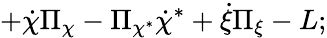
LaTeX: +\dot{\chi}\Pi_{\chi}-\Pi_{\chi^{*}}\dot{\chi}^{*}+\dot{\xi}\Pi_{\xi}-L;